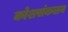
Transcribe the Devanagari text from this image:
कोशसंकलन